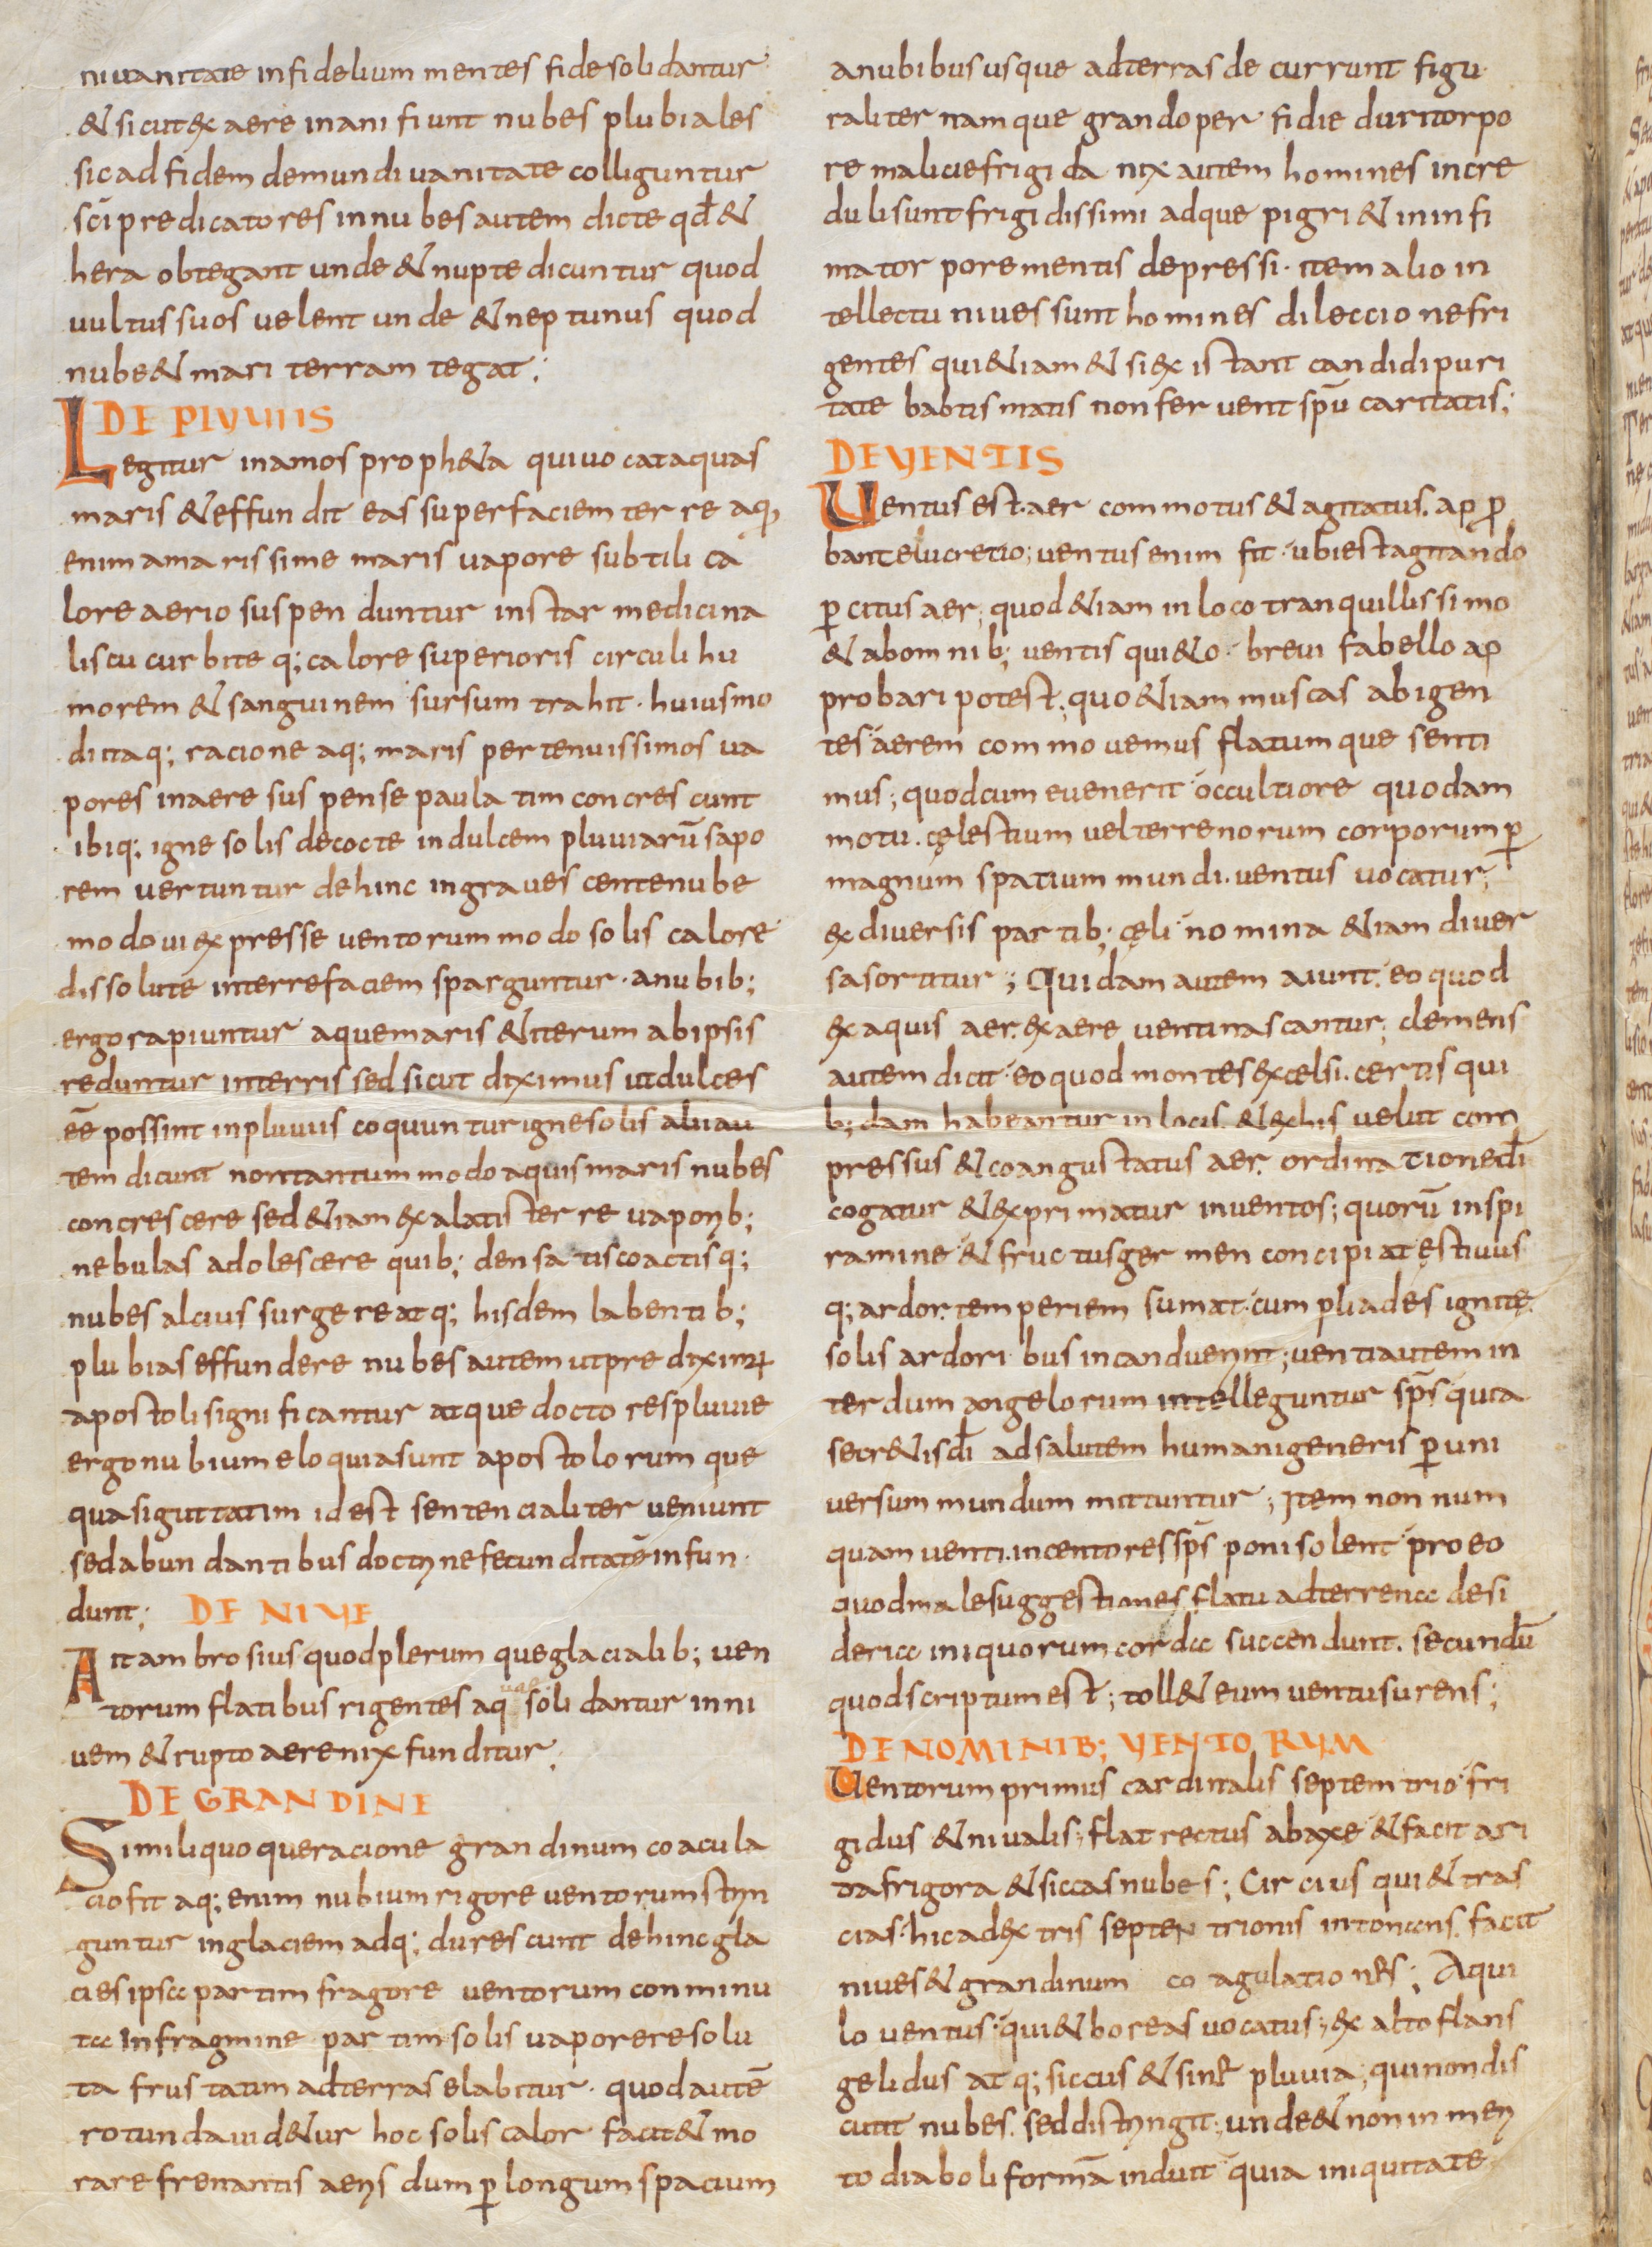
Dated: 800–999